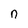
Character: n